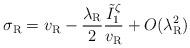
LaTeX: \begin{align*}\sigma_{\rm R}=v_{\rm R}-\frac{\lambda_{\rm R}}{2}\frac{\tilde{I}_1^{\zeta}}{v_{\rm R}}+O(\lambda_{\rm R}^2)\end{align*}